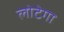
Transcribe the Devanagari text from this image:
लोटेगा